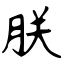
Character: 朕